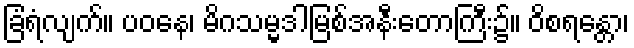
ခြံရံလျက်။ ပဝနေ၊ မိဂသမ္မဒါမြစ်အနီးတောကြီး၌။ ဝိစရန္တော၊